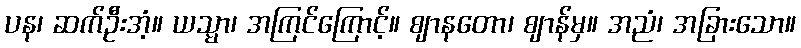
ပန၊ ဆက်ဦးအံ့။ ယသ္မာ၊ အကြင်ကြောင့်။ ဈာနတော၊ ဈာန်မှ။ အညံ၊ အခြားသော။